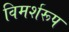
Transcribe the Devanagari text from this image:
विमर्शरूप